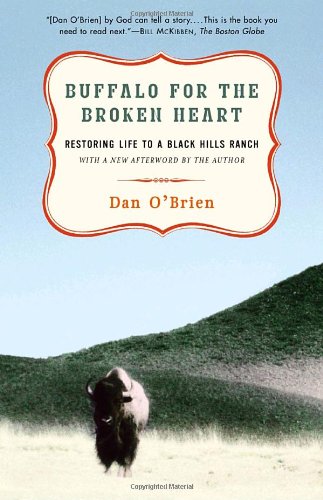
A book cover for Buffalo for the Broken Heart: Restoring Life to a Black Hills Ranch; Dan O'Brien; Biographies & Memoirs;